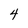
Character: 4